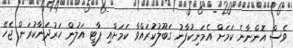
ވެސް އޮންނާނެ ކަމަށް އެމަނިކުފާނު ގަބޫލުކުަރައްވާ ކަމަށާއި ޕާޓީ އަލުން ހަރުދަނާކުރަން ޖެހޭ